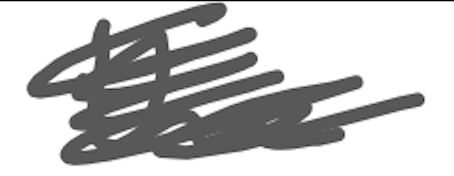
Text: the
Cross-out: scratch
Writing tool: digital_gray